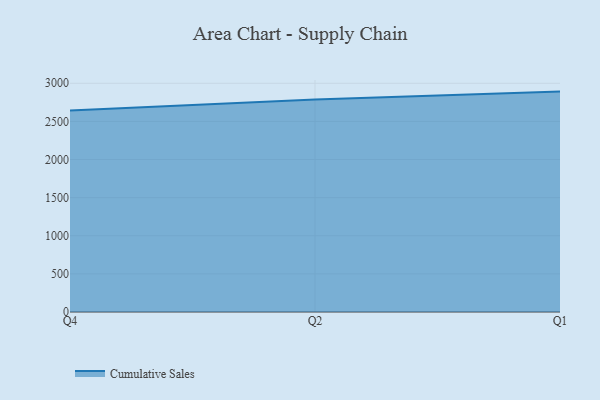
{"axis": {"x": "Quarter", "y": "Inventory Turnover"}, "legend": ["Cumulative Sales"], "data": [{"x": "Q4", "y": 2642.7, "type": "Cumulative Sales"}, {"x": "Q2", "y": 2786.3, "type": "Cumulative Sales"}, {"x": "Q1", "y": 2891.0, "type": "Cumulative Sales"}]}